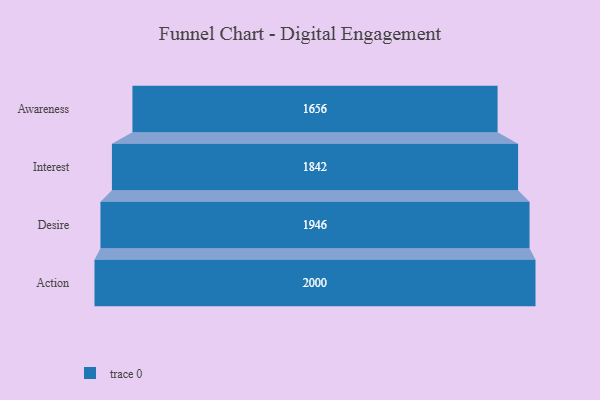
{"axis": {"x": "Stage", "y": "Value"}, "legend": [""], "data": [{"x": "Awareness", "y": 1656.0, "type": ""}, {"x": "Interest", "y": 1842.0, "type": ""}, {"x": "Desire", "y": 1946.0, "type": ""}, {"x": "Action", "y": 2000, "type": ""}]}